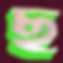
ছ